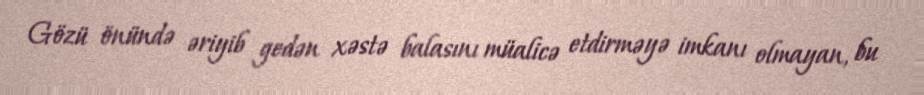
Gözü önündə əriyib gedən xəstə balasını müalicə etdirməyə imkanı olmayan, bu